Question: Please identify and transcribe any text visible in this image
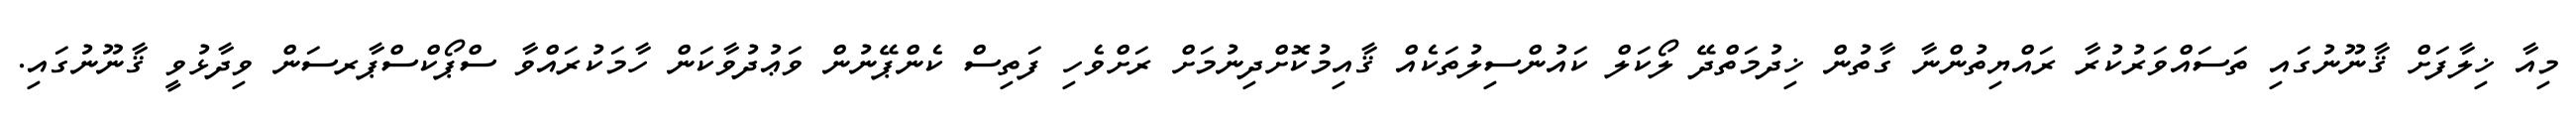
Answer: މިއާ ޚިލާފަށް ޤާނޫނުގައި ތަސައްވަރުކުރާ ރައްޔިތުންނާ ގާތުން ޚިދުމަތްދޭ ލޯކަލް ކައުންސިލުތަކެއް ޤާއިމުކޮށްދިނުމަށް ރަށްވެހި ފަތިސް ކެންޕޭނުން ވަޢުދުވާކަން ހާމަކުރައްވާ ސްޕޯކްސްޕާރސަން ވިދާޅުވީ ޤާނޫނުގައި.